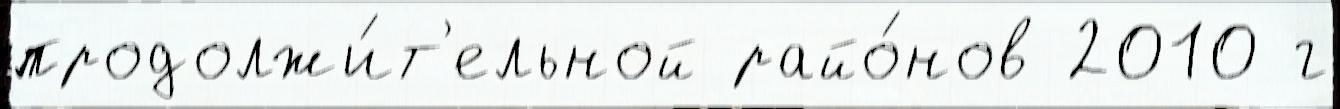
продолжи́т'ельной райо́нов 2010 г